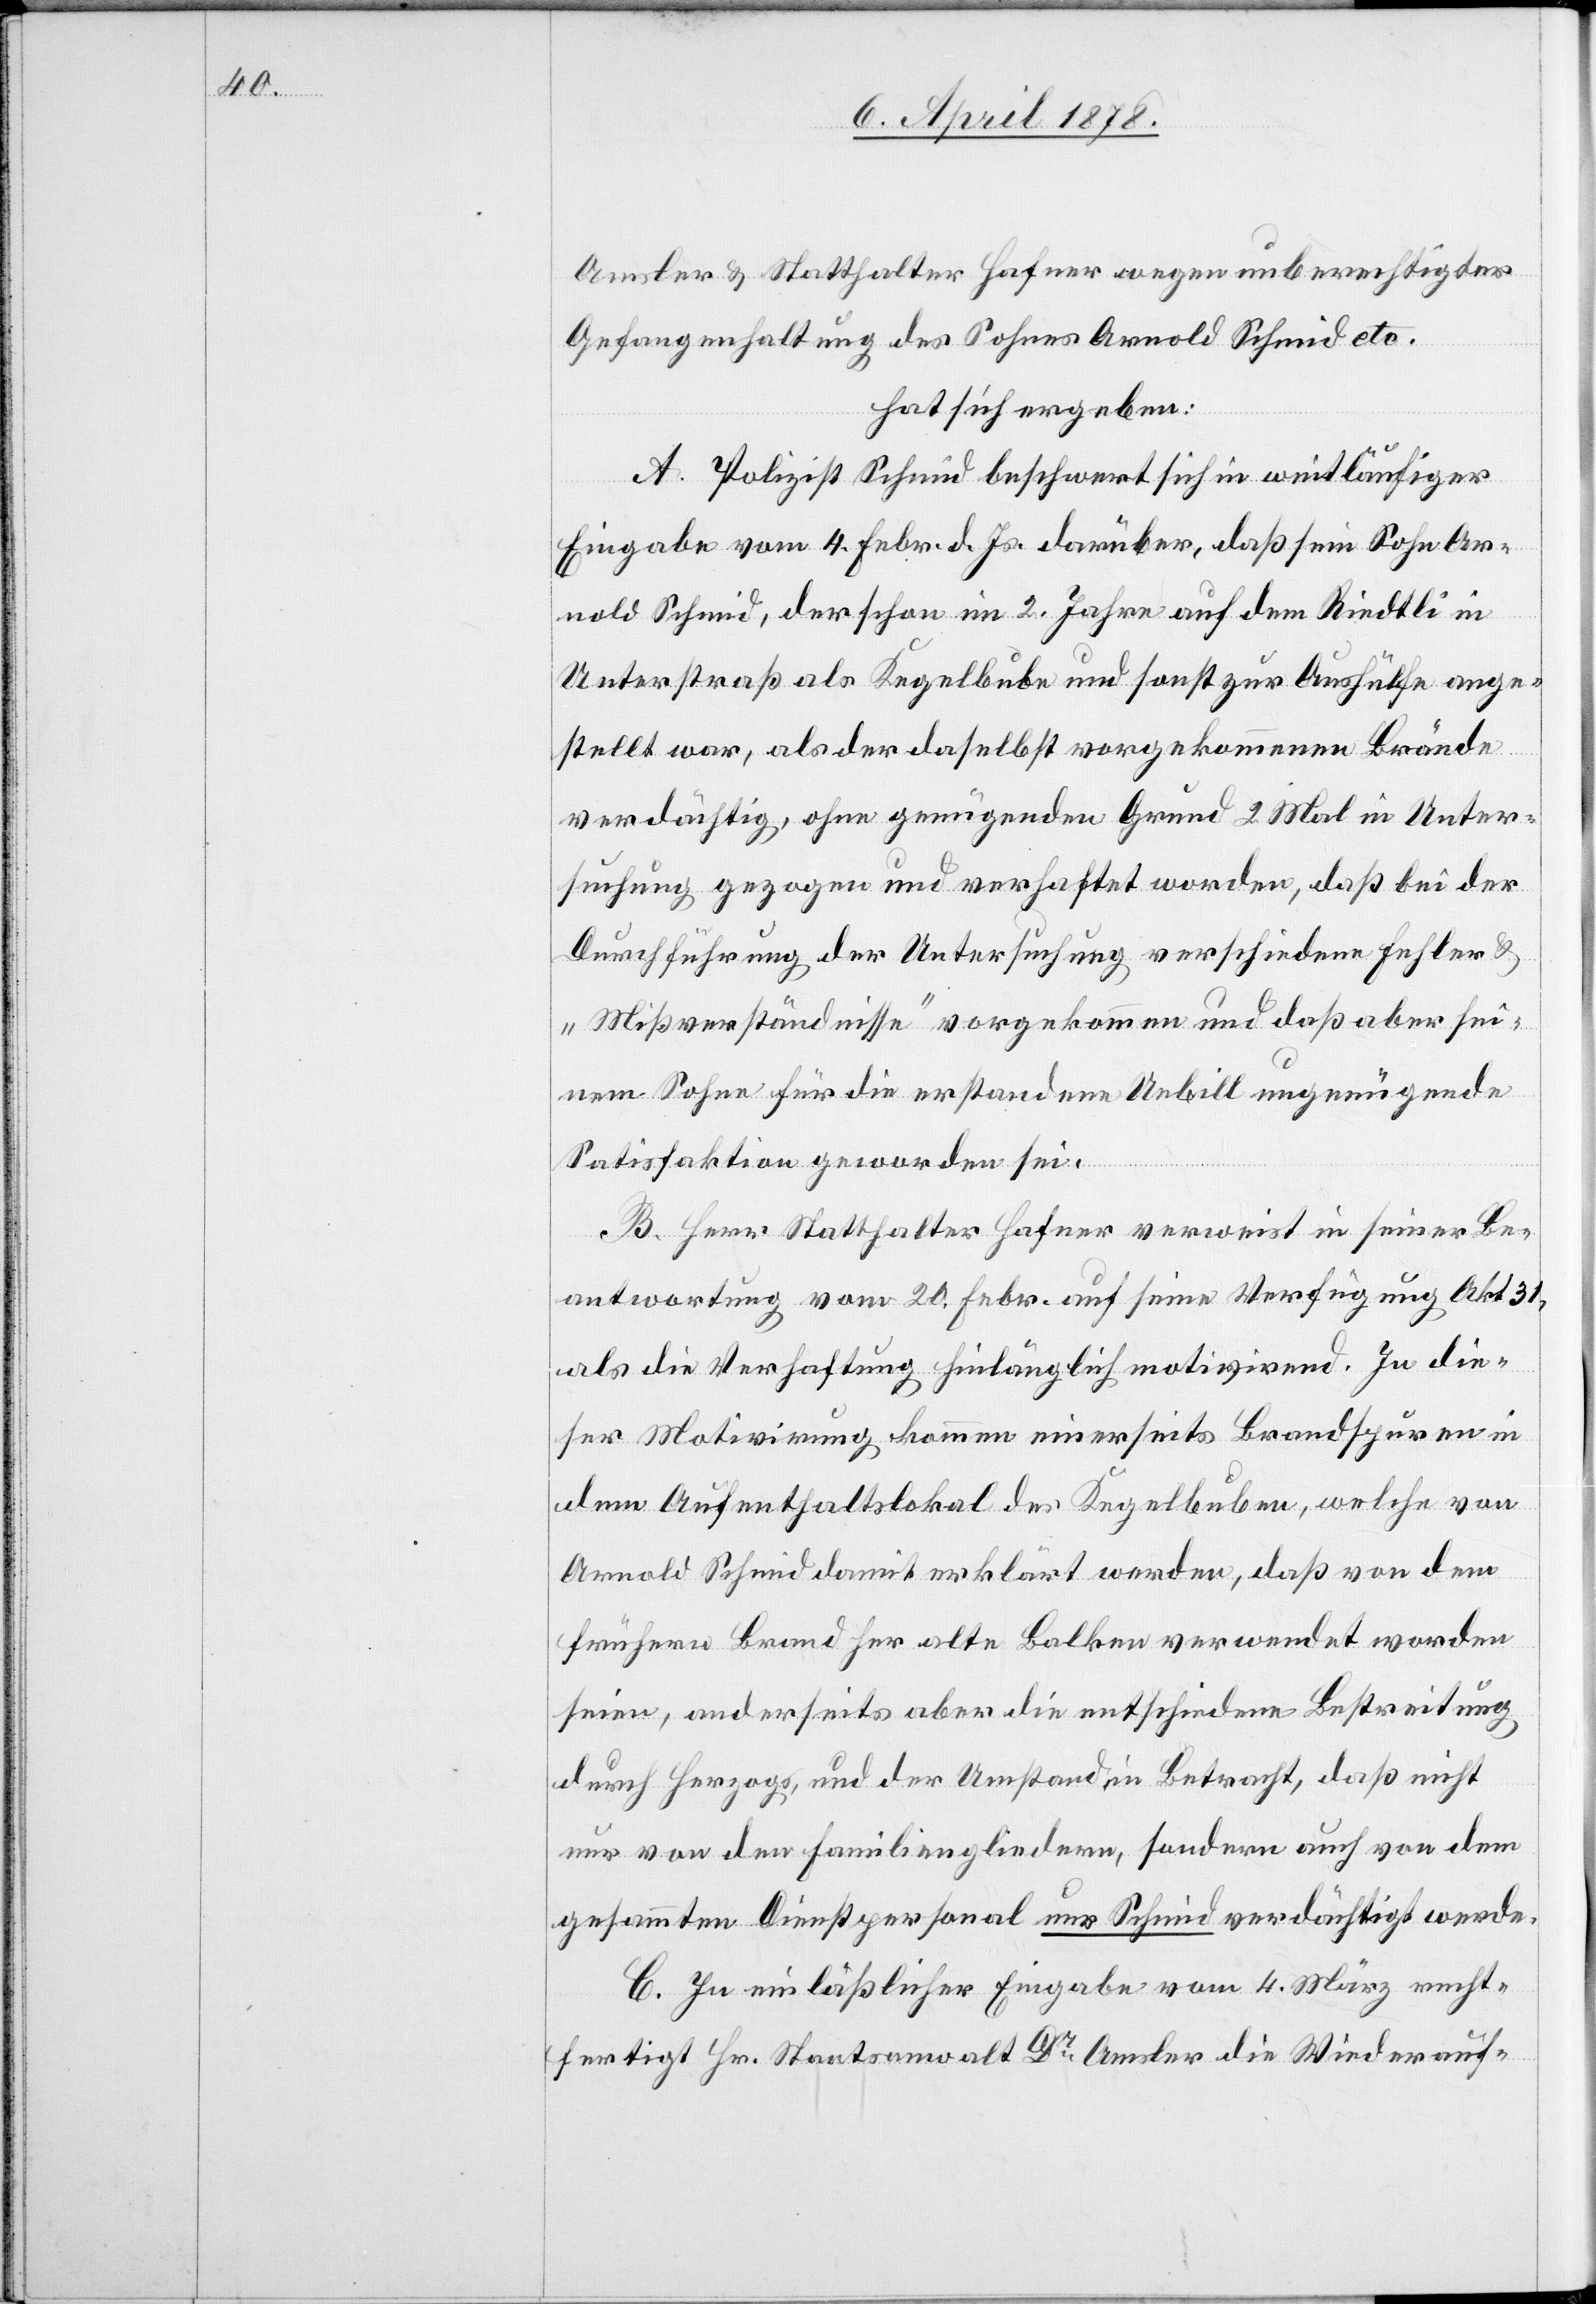
Amsler & Statthalter Hafner wegen unberechtigter
Gefangenhaltung des Sohnes Arnold Schmid etc.
hat sich ergeben:
A. Polizist Schmid beschwert sich in weitläufiger
Eingabe vom 4. Febr. d. Js. darüber, daß sein Sohn Ar¬
nold Schmid, der schon im 2. Jahre auf dem Riedtli in
Unterstraß als Kegelbube und sonst zur Aushülfe ange¬
stellt war, als der daselbst vorgekommenen Brände
verdächtig, ohne genügenden Grund 2 Mal in Unter¬
suchung gezogen und verhaftet worden, daß bei der
Durchführung der Untersuchung verschiedene Fehler &
„Missverständnisse“ vorgekommen und daß aber sei¬
nem Sohn für die erstandene Unbill ungenügende
Satisfaktion geworden sei.
B. Herr Statthalter Hafner verweist in seiner Be¬
antwortung vom 20. Febr. auf seine Verfügung Akt. 31
als die Verhaftung hinlänglich motivirend. In die¬
ser Motivirung kommen einerseits Brandspuren in
dem Aufenthaltslokal des Kegelbuben, welche von
Arnold Schmid damit erklärt werden, daß von dem
frühern Brand her alte Balken verwendet worden
seien, anderseits aber die entschiedene Bestreitung
durch Herzogs, und der Umstand, in Betracht, daß nicht
nur von den Familiengliedern, sondern auch von dem
gesammten Dienstpersonal nur Schmid verdächtigt werde.
C. In einlässlicher Eingabe vom 4. März recht¬
fertigt Hr. Staatsanwalt Dr Amsler die Wiederauf-